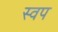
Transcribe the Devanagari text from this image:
स्वप